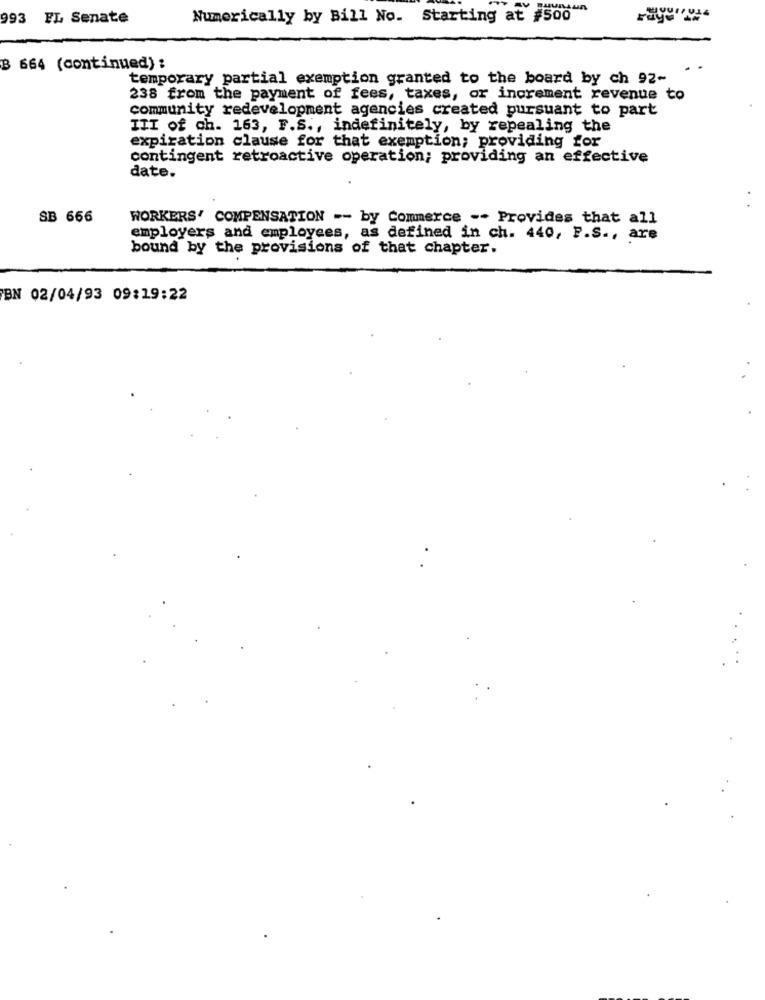
993 FL Senate
Numerically by Bill No. Starting at #500
B 664 (continued) :
temporary partial exemption granted to the board by ch 92-
238 from the payment of fees, taxes, or increment revenue to
community redevelopment agencies created pursuant to part
ITI of ch. 163, F.S ., indefinitely, by repealing the
expiration clause for that exemption; providing for
contingent retroactive operation; providing an effective
date.
SB 666
WORKERS' COMPENSATION -- by Commerce -- Provides that all
employers and employees, as defined in ch. 440, P.S ., are
bound by the provisions of that chapter.
BN 02/04/93 09:19:22
..